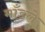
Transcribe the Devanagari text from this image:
माँडले